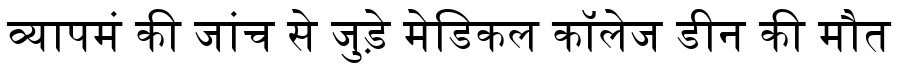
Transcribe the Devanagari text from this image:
व्यापमं की जांच से जुड़े मेडिकल कॉलेज डीन की मौत